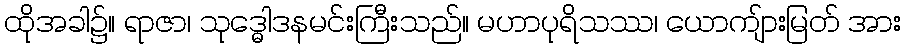
ထိုအခါ၌။ ရာဇာ၊ သုဒ္ဓေါဒနမင်းကြီးသည်။ မဟာပုရိသဿ၊ ယောကျ်ားမြတ် အား